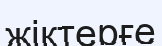
жіктерғе